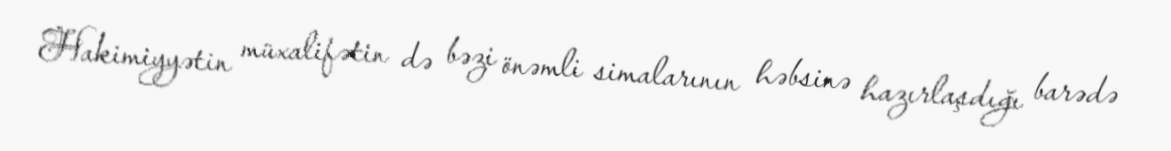
Hakimiyyətin müxalifətin də bəzi önəmli simalarının həbsinə hazırlaşdığı barədə